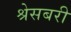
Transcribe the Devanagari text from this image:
श्रेसबरी